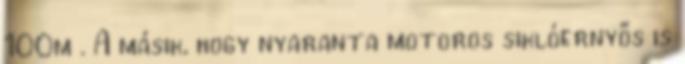
100m . A másik, hogy nyaranta motoros siklóernyős is